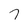
Character: 7